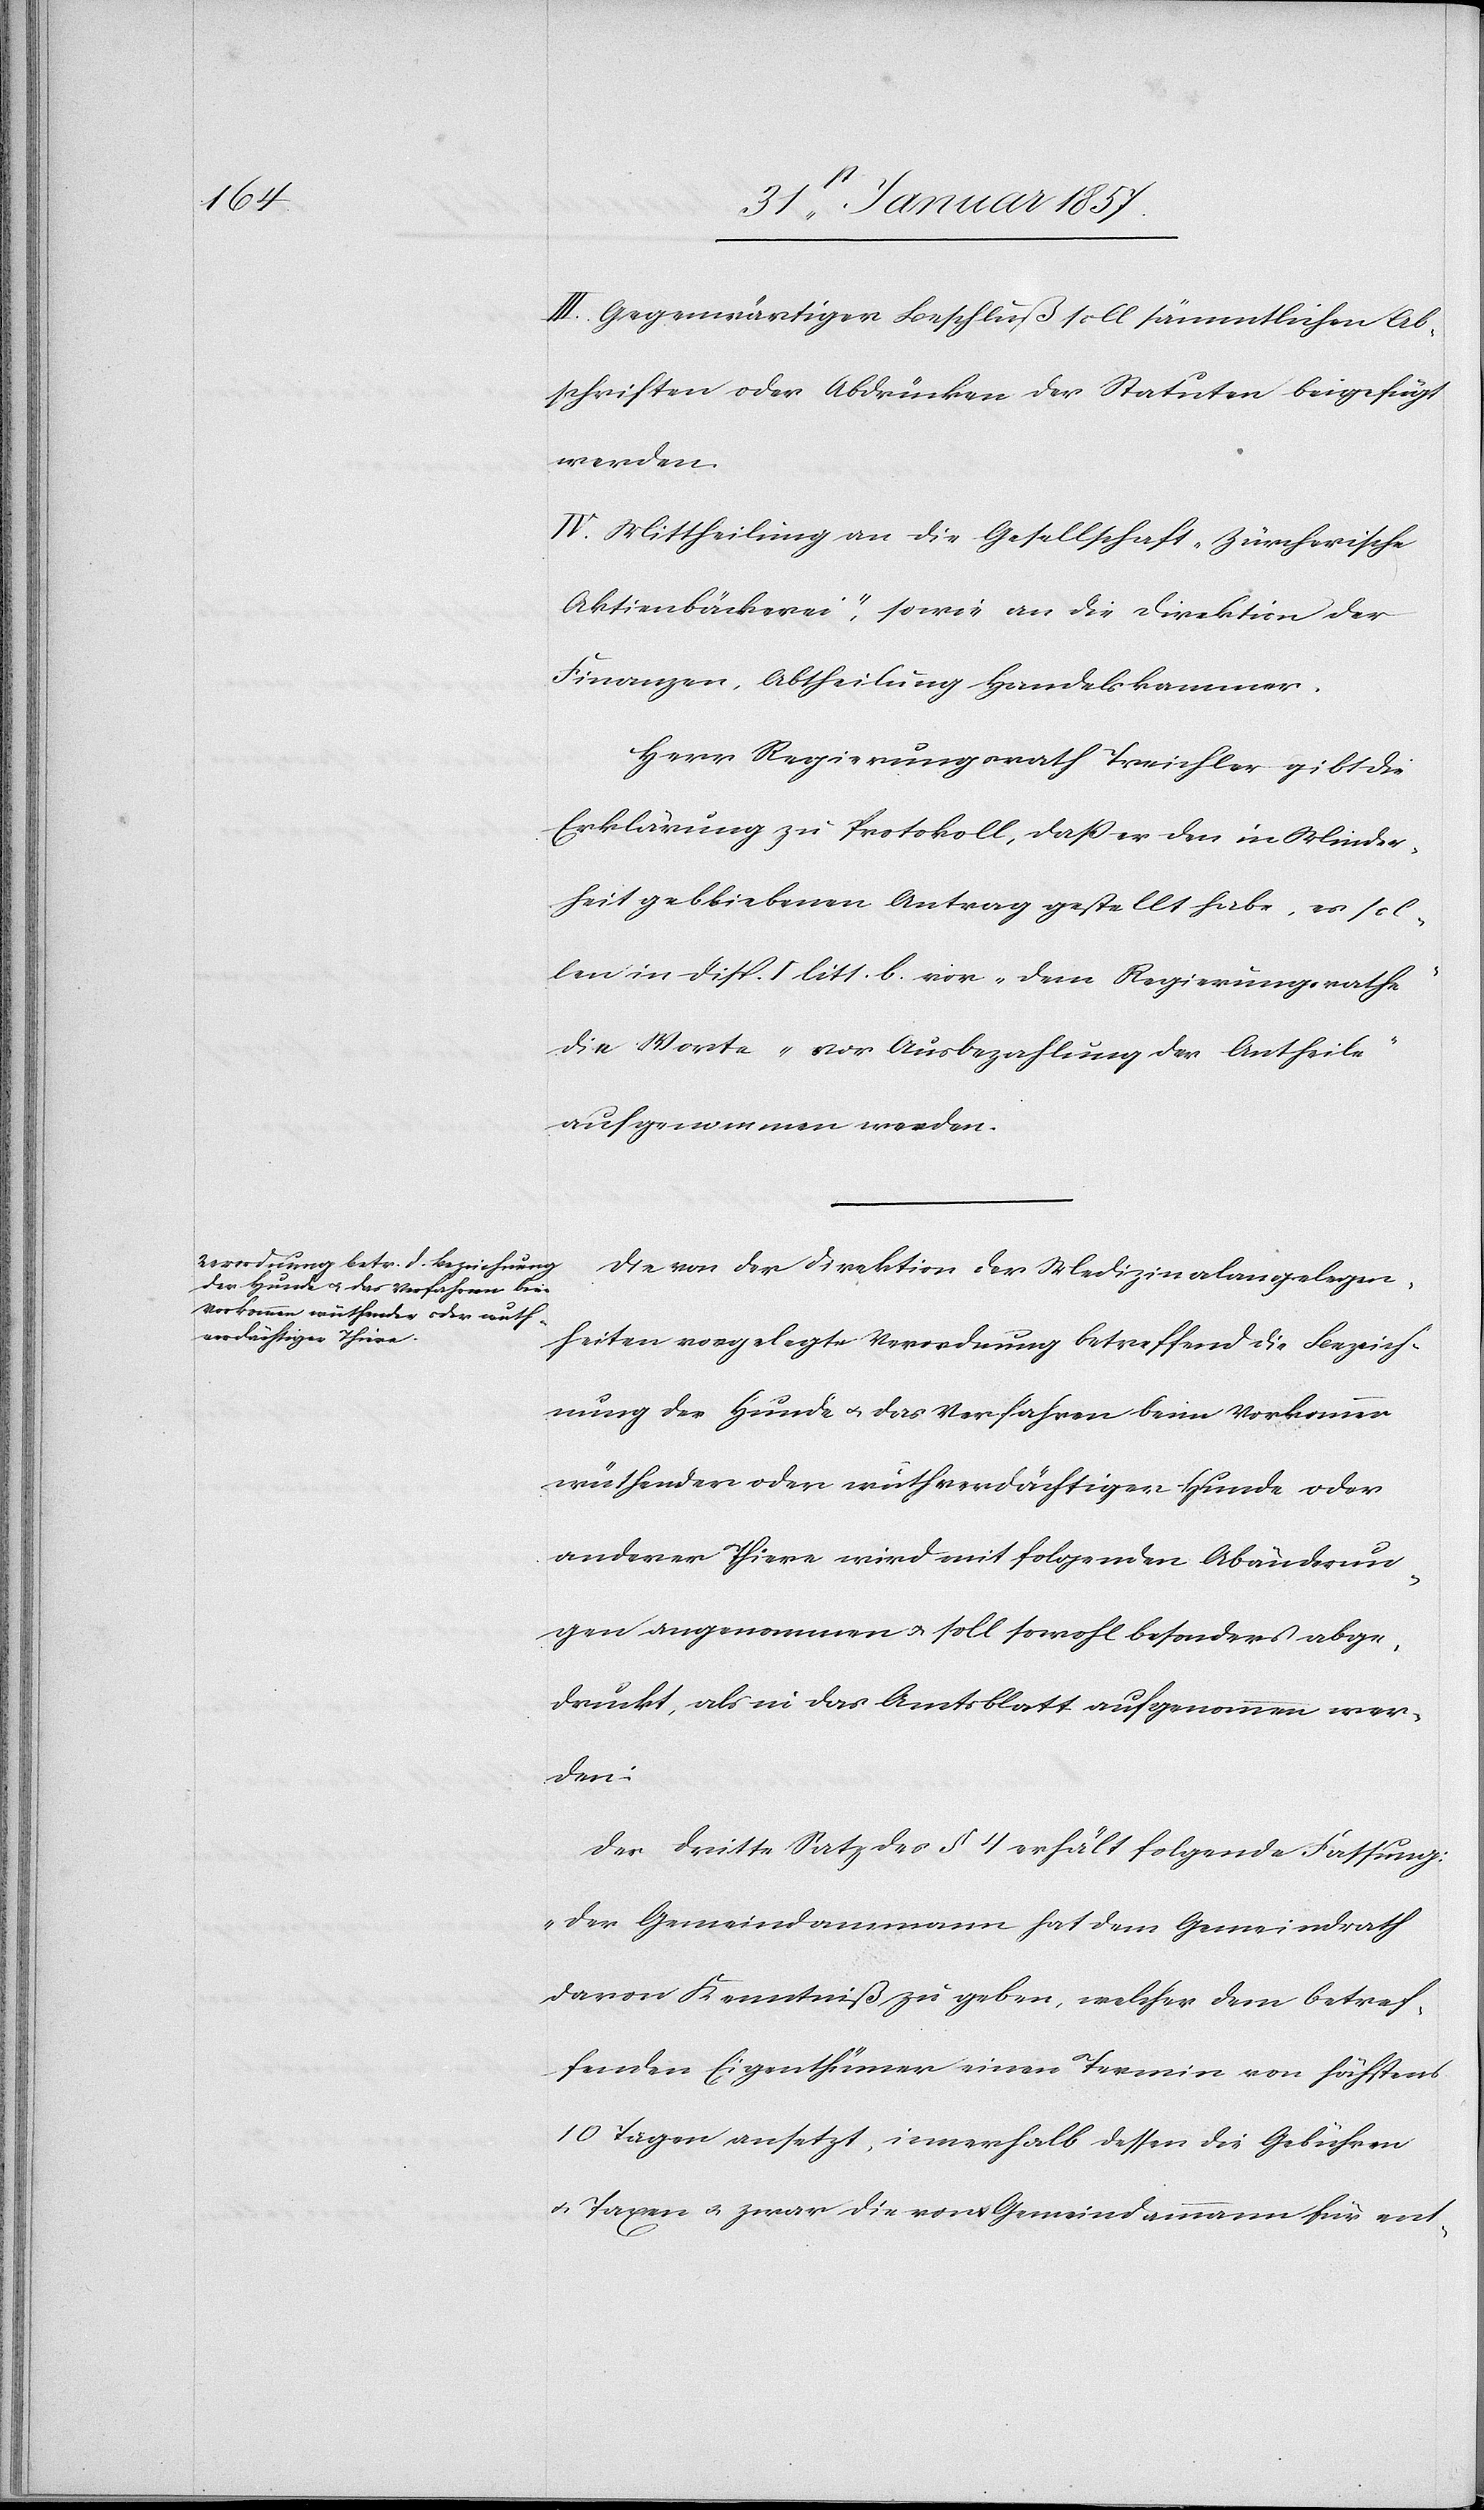
III. Gegenwärtiger Beschluß soll sämmtlichen Ab¬
schriften oder Abdrücken der Statuten beigefügt
werden.
IV. Mittheilung an die Gesellschaft „Zürcherische
Aktienbäckerei“, sowie an die Direktion der
Finanzen, Abtheilung Handelskammer.
Herr Regierungsrath Treichler gibt die
Erklärung zu Protokoll, daß er den in Minder¬
heit gebliebenen Antrag gestellt habe, es sol¬
len in disp. I litt. b. vor „dem Regierungsrathe“
die Worte „vor Ausbezahlung der Antheile“
aufgenommen werden.
Die von der Direktion der Medizinalangelegen¬
heiten vorgelegte Verordnung betreffend die Bezeich¬
nung der Hunde u. das Verfahren beim Vorkommen
wüthender oder wuthverdächtiger Hunde oder
anderer Thiere wird mit folgenden Abänderun¬
gen angenommen u. soll sowohl besonders abge¬
druckt, als in das Amtsblatt aufgenommen wer¬
den:
Der dritte Satz des § 4 erhält folgende Fassung:
„Der Gemeindeammann hat dem Gemeindrath
davon Kenntniß zu geben, welcher dem betref¬
fenden Eigenthümer einen Termin von höchstens
10 Tagen ansetzen, innerhalb dessen bis Gebühren
& Taxen u. zwar die von Gemeindammann für ent-